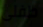
طفلى